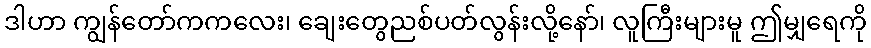
ဒါဟာ ကျွန်တော်ကကလေး၊ ချေးတွေညစ်ပတ်လွန်းလို့နော်၊ လူကြီးများမူ ဤမျှရေကို